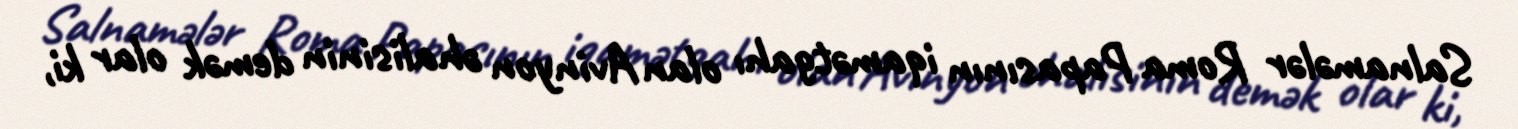
Salnamələr Roma Papasının iqamətgahı olan Avinyon əhalisinin demək olar ki,